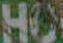
HO